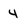
Character: 4